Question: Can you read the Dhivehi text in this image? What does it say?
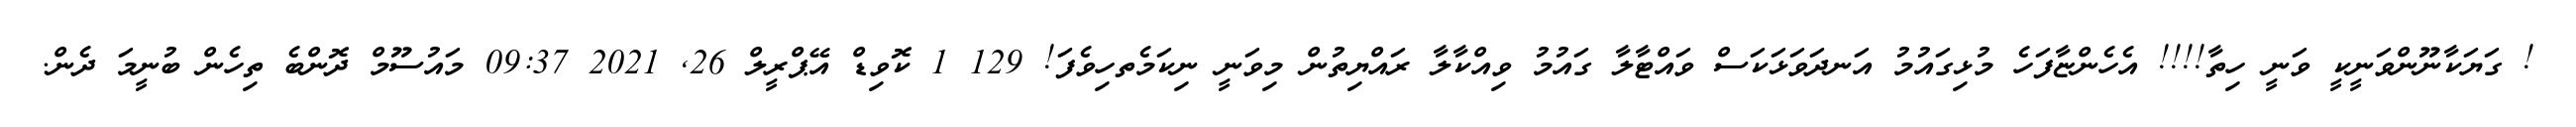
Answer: ! ގަޔަކާނޫންވަނީކީ ވަނީ ހިތާ!!!! އެހެންޏާފަހެ މުޅިގައުމު އަނދަވަޅަކަސް ވައްޓާލާ ގައުމު ވިއްކާލާ ރައްޔިތުން މިވަނީ ނިކަމެތހިވެފަ! 129 1 ކޮވިޑް އޭޕްރީލް 26, 2021 09:37 މައުސޫމް ދޮންބެ ތިހެން ބުނީމަ ދެން.